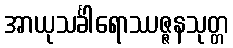
အာယုသင်္ခါရောဿဇ္ဇနသုတ္တ